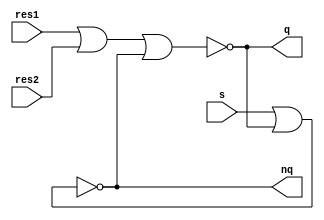
// This program was cloned from: https://github.com/emu-russia/breaks
// License: Creative Commons Zero v1.0 Universal

// Typical asynchronous Reset-Set FF based on two looped nor elements.	(nor-3 to reset)

module rsff_2_3 (res1, res2, s, q, nq);

	input res1; 	// 1: Reset1 value (0)
	input res2; 	// 1: Reset2 value (0)
	input s;		// 1: Set value (1)
	output q; 		// Current value
	output nq;		// Current value (complement)

`ifdef ICARUS

	reg val;

	always @(*) begin
		if (res1 | res2)
			val <= 1'b0;
		else if (s)
			val <= 1'b1;
	end

	assign q = val;
	assign nq = ~val;

	initial val <= 1'b0;

`else

	wire nor1_out;
	wire nor2_out;
	
	nor (nor1_out, res1, res2, nor2_out);
	nor (nor2_out, s, nor1_out);  

	assign q = nor1_out;
	assign nq = nor2_out;

`endif

endmodule // rsff_2_3